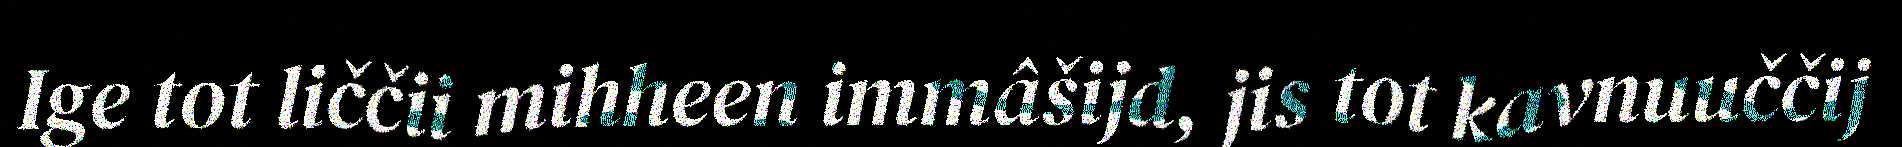
Ige tot liččii mihheen immâšijd, jis tot kavnuuččij